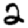
Digit: 2